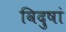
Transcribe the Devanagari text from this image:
विदुषां